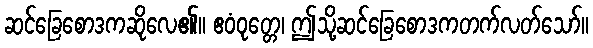
ဆင်ခြေစောဒကဆိုလေ၏။ ဧဝံဝုတ္တေ၊ ဤသို့ဆင်ခြေစောဒကတက်လတ်သော်။